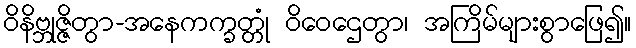
ဝိနိဗ္ဘုဇ္ဇိတွာ-အနေကက္ခတ္တုံ ဝိဝေဌေတွာ၊ အကြိမ်များစွာဖြေ၍။